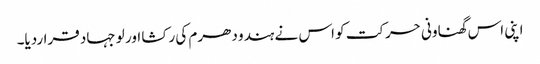
اپنی اس گھناونی حرکت کو اس نے ہندو دھرم کی رکشا اور لو جہاد قراردیا۔